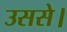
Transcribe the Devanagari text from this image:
उससे।